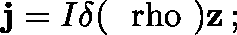
{ \bf j } = I \delta ( \mathrm { \boldmath ~ \ r h o ~ } ) { \bf z } \, ;